On the morphology, teratology, and diclinism of the flowers of cannabis - Number 12
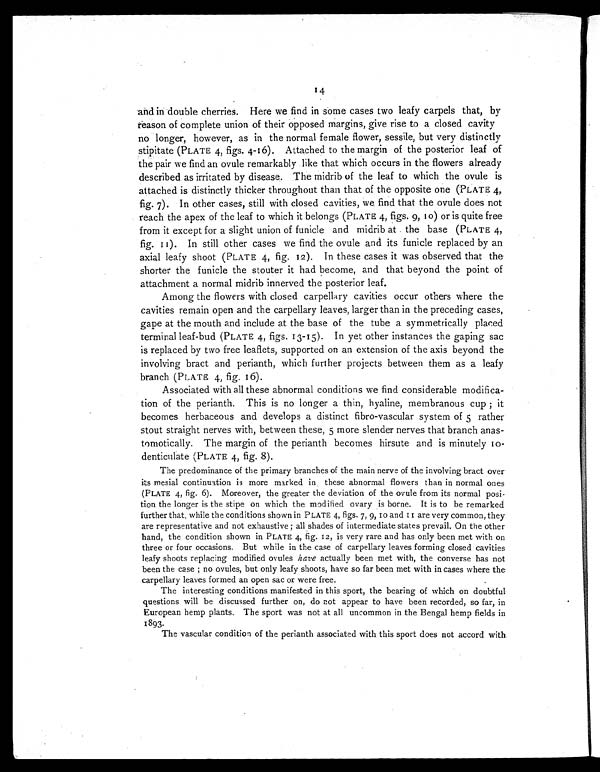
14
and in double cherries. Here we find in some cases two leafy carpels that, by
reason of complete union of their opposed margins, give rise to a closed cavity
no longer, however, as in the normal female flower, sessile, but very distinctly
stipitate (PLATE 4, figs. 4-16). Attached to the margin of the posterior leaf of
the pair we find an ovule remarkably like that which occurs in the flowers already
described as irritated by disease. The midrib of the leaf to which the ovule is
attached is distinctly thicker throughout than that of the opposite one (PLATE 4,
fig. 7). In other cases, still with closed cavities, we find that the ovule does not
reach the apex of the leaf to which it belongs (PLATE 4, figs. 9, 10) or is quite free
from it except for a slight union of funicle and midrib at the base (PLATE 4,
fig. 11). In still other cases we find the ovule and its funicle replaced by an
axial leafy shoot (PLATE 4, fig. 12). In these cases it was observed that the
shorter the funicle the stouter it had become, and that beyond the point of
attachment a normal midrib innerved the posterior leaf.
Among the flowers with closed carpellary cavities occur others where the
cavities remain open and the carpellary leaves, larger than in the preceding cases,
gape at the mouth and include at the base of the tube a symmetrically placed
terminal leaf-bud (PLATE 4, figs. 13-15). In yet other instances the gaping sac
is replaced by two free leaflets, supported on an extension of the axis beyond the
involving bract and perianth, which further projects between them as a leafy
branch (PLATE 4, fig. 16).
Associated with all these abnormal conditions we find considerable modifica-
tion of the perianth. This is no longer a thin, hyaline, membranous cup; it
becomes herbaceous and develops a distinct fibro-vascular system of 5 rather
stout straight nerves with, between these, 5 more slender nerves that branch anas-
tomotically. The margin of the perianth becomes hirsute and is minutely 10-
denticulate (PLATE 4, fig. 8).
The predominance of the primary branches of the main nerve of the involving bract over
its mesial continuation is more marked in these abnormal flowers than in normal ones
(PLATE 4, fig. 6). Moreover, the greater the deviation of the ovule from its normal posi-
tion the longer is the stipe on which the modified ovary is borne. It is to be remarked
further that, while the conditions shown in PLATE 4, figs. 7, 9, 10 and 11 are very common, they
are representative and not exhaustive ; all shades of intermediate states prevail. On the other
hand, the condition shown in PLATE 4, fig. 12, is very rare and has only been met with on
three or four occasions. But while in the case of carpellary leaves forming closed cavities
leafy shoots replacing modified ovules have actually been met with, the converse has not
been the case ; no ovules, but only leafy shoots, have so far been met with in cases where the
carpellary leaves formed an open sac or were free.
The interesting conditions manifested in this sport, the bearing of which on doubtful
questions will be discussed further on, do not appear to have been recorded, so far, in
European hemp plants. The sport was not at all uncommon in the Bengal hemp fields in
1893.
The vascular condition of the perianth associated with this sport does not accord with